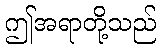
ဤအရာတို့သည်